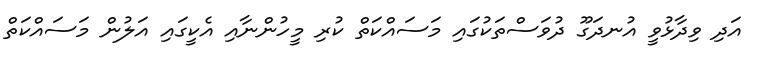
އަދި ވިދާޅުވީ އުނދަގޫ ދުވަސްތަކުގައި މަސައްކަތް ކުރި މީހުންނާއި އެކީގައި އަލުން މަސައްކަތް